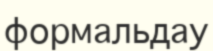
формальдау